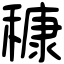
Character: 穅